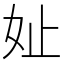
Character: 𪥧